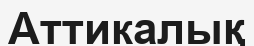
Аттикалық